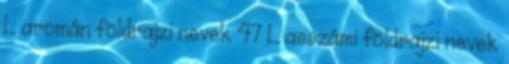
L aromán földrajzi nevek‎ 47 L asszámi földrajzi nevek‎